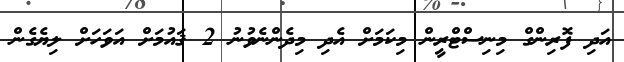
އަދި ފޮރިންގް މިނިސްޓްރީން މިކަމަށް އެދި މިދެންނެވުނު 2 ޤައުމަށް އަވަހަށް ލިޔެގެން